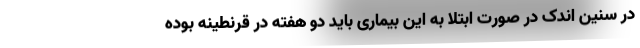
در سنین اندک در صورت ابتلا به این بیماری باید دو هفته در قرنطینه بوده